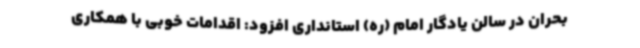
بحران در سالن یادگار امام (ره) استانداری افزود: اقدامات خوبی با همکاری